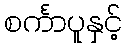
စင်္ကာပူနှင့်